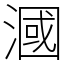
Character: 漍